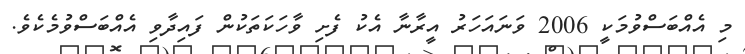
މި އެއްބަސްވުމަކީ 2006 ވަނައަހަރު އީރާނާ އެކު ފެށި ވާހަކަތަކުން ފައިދާވި އެއްބަސްވުމެކެވެ.